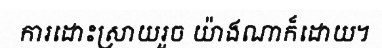
ការដោះស្រាយរួច យ៉ាងណាក៏ដោយ។